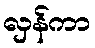
လှန်ကာ